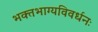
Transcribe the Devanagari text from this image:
भक्‍तभाग्यविवर्धनः